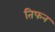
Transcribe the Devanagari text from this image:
तिफन